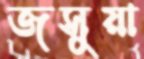
জসুয়া